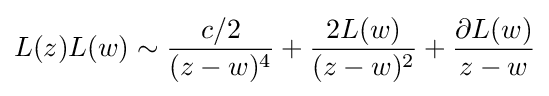
L(z)L(w)\sim {\frac {c/2}{(z-w)^{4}}}+{\frac {2L(w)}{(z-w)^{2}}}+{\frac {\partial L(w)}{z-w}}